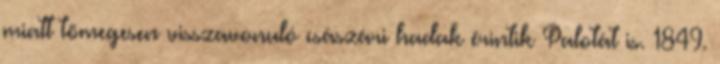
miatt tömegesen visszavonuló császári hadak érintik Palotát is. 1849.